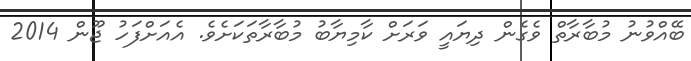
ބޭއްވުނު މުބާރާތް ވެގެން ދިޔައީ ވަރަށް ކާމިޔާބު މުބާރާތަކަށެވެ. އެއަށްފަހު ޖޫން 2014